Report of the Indian Hemp Drugs Commission, 1894-1895 - Volume V
Year: 1894
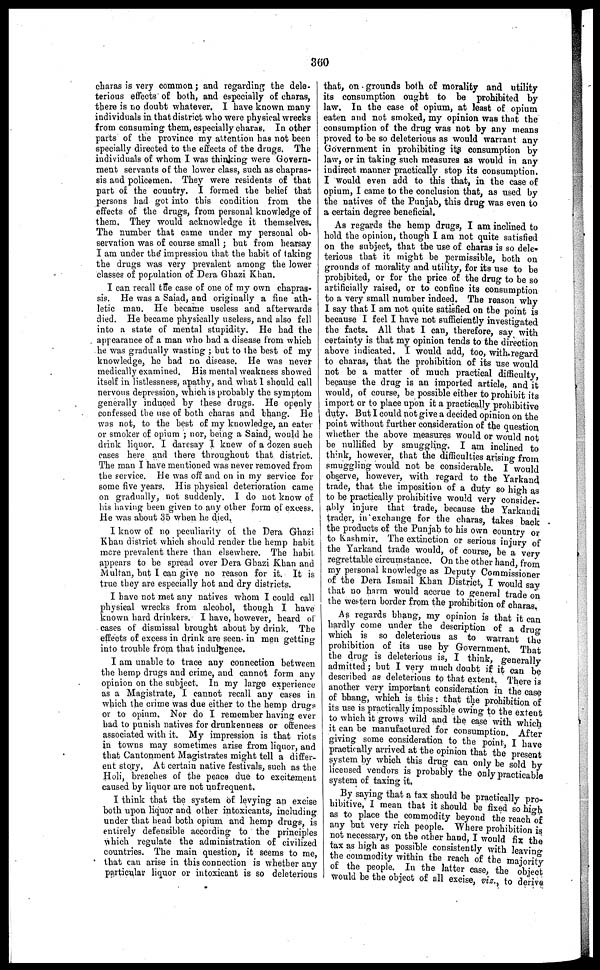
360
charas is very common ; and regarding the dele-
terious effects of both, and especially of charas,
there is no doubt whatever. I have known many
individuals in that district who were physical wrecks
from consuming them, especially charas. In other
parts of the province my attention has not been
specially directed to the effects of the drugs. The
individuals of whom I was thinking were Govern-
ment servants of the lower class, such as chapras-
sis and policemen. They were residents of that
part of the country. I formed the belief that
persons had got into this condition from the
effects of the drugs, from personal knowledge of
them. They would acknowledge it themselves.
The number that came under my personal ob-
servation was of course small ; but from hearsay
I am under the impression that the habit of taking
the drugs was very prevalent among the lower
classes of population of Dera Ghazi Khan.
I can recall the case of one of my own chapras-
sis. He was a Saiad, and originally a flue ath-
letic man. He became useless and afterwards
died. He became physically useless, and also fell
into a state of mental stupidity. He had the
appearance of a man who had a disease from which
he was gradually wasting ; but to the best of my
knowledge, he had no disease. He was never
medically examined. His mental weakness showed
itself in listlessness, apathy, and what 1 should call
nervous depression, which is probably the symptom
generally induced by these drugs. He openly
confessed the use of both charas and bhang. He
was not, to the best of my knowledge, an eater
or smoker of opium ; nor, being a Saiad, would he
drink liquor. I daresay I knew of a dozen such
cases here and there throughout that district.
The man I have mentioned was never removed from
the service. He was off and on in my service for
some five years. His physical deterioration came
on gradually, not suddenly. I do not know of
his having been given to any other form of excess.
He was about 35 when he died.
I know of no peculiarity of the Dera Ghazi
Khan district which should render the hemp habit
more prevalent there than elsewhere. The habit
appears to be spread over Dera Ghazi Khan and
Multan, but I can give no reason for it. It is
true they are especially hot and dry districts.
I have not met any natives whom I could call
physical wrecks from alcohol, though I have
known hard drinkers. I have, however, heard of
cases of dismissal brought about by drink. The
effects of excess in drink are seen in men getting
into trouble from that indulgence.
I am unable to trace any connection between
the hemp drugs and crime, and cannot form any
opinion on the subject. In my large experience
as a Magistrate, I cannot recall any cases in
which the crime was due either to the hemp drugs
or to opium. Nor do I remember having ever
had to punish natives for drunkenness or offences
associated with it. My impression is that riots
in towns may sometimes arise from liquor, and
that Cantonment Magistrates might tell a differ-
ent story, At certain native festivals, such as the
Holi, breaches of the peace due to excitement
caused by liquor are not unfrequent.
I think that the system of levying an excise
both upon liquor and other intoxicants, including
under that head both opium and hemp drugs, is
entirely defensible according to the principles
which regulate the administration of civilized
countries. The main question, it seems to me,
that can arise in this connection is whether any
particular liquor or intoxicant is so deleterious
that, on grounds both of morality and utility
its consumption ought to be prohibited by
law. In the case of opium, at least of opium
eaten and not smoked, my opinion was that the
consumption of the drug was not by any means
proved to be so deleterious as would warrant any
Government in prohibiting its consumption by
law, or in taking such measures as would in any
indirect manner practically stop its consumption.
I would even add to this that, in the case of
opium, I came to the conclusion that, as used by
the natives of the Punjab, this drug was even to
a certain degree beneficial.
As regards the hemp drugs, I am inclined to
hold the opinion, though I am not quite satisfied
on the subject, that the use of charas is so dele-
terious that it might be permissible, both on
grounds of morality and utility, for its use to be
prohibited, or for the price of the drug to be so
artificially raised, or to confine its consumption
to a very small number indeed. The reason why
I say that I am not quite satisfied on the point is
because I feel I have not sufficiently investigated
the facts. All that I can, therefore, say with
certainty is that my opinion tends to the direction
above indicated. I would add, too, with regard
to charas, that the prohibition of its use would
not be a matter of much practical difficulty
because the drug is an imported article, and it
would, of course, be possible either to prohibit its
import or to place upon it a practically prohibitive
duty. But I could not give a decided opinion on the
point without further consideration of the question
whether the above measures would or would not
be nullified by smuggling. I am inclined to
think, however, that the difficulties arising from
smuggling would not be considerable. I would
observe, however, with regard to the Yarkand
trade, that the imposition of a duty so high as
to be practically prohibitive would very consider-
ably injure that trade, because the Yarkandi
trader, in exchange for the charas, takes back
the products of the Punjab to his own country or
to Kashmir. The extinction or serious injury of
the Yarkand trade would, of course, be a very
regrettable circumstance. On the other hand, from
my personal knowledge as Deputy Commissioner
of the Dera Ismail Khan District, I would say
that no harm would accrue to general trade on
the western border from the prohibition of charas.
As regards bhang, my opinion is that it can
hardly come under the description of a drug
which is so deleterious as to warrant the
prohibition of its use by Government. That
the drug is deleterious is, I think, generally
admitted ; but I very much doubt if it can be
described as deleterious to that extent. There is
another very important consideration in the case
of bhang, which is this : that the prohibition of
its use is practically impossible owing to the extent
to which it grows wild and the ease with which
it can be manufactured for consumption. After
giving some consideration to the point, I have
practically arrived at the opinion that the present
system by which this drug can only be sold by
licensed vendors is probably the only practicable
system of taxing it.
By saying that a tax should be practically pro-
hibitive, I mean that it should he fixed so high
as to place the commodity beyond the reach of
any but very rich people. Where prohibition is
not necessary, on the other hand, I would fix the
tax as high as possible consistently with leaving
the commodity within the reach of the majority
of the people. In the latter case, the object
would be the object of all excise, viz., to derive